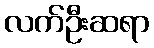
လက်ဦးဆရာ